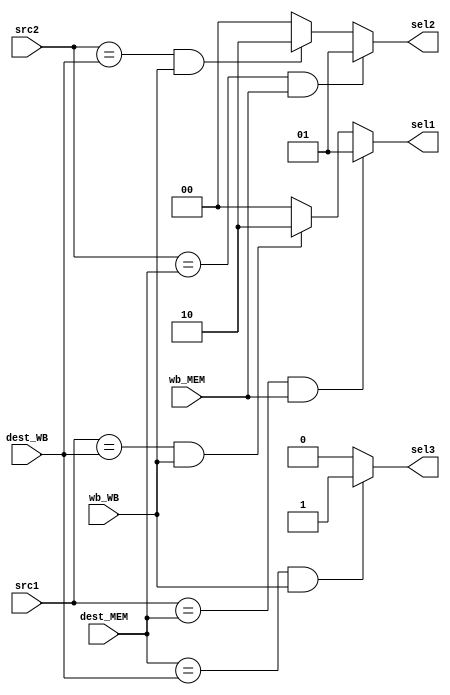
module Forward(
        input[1:0] src1, src2, dest_MEM, dest_WB,
        input wb_MEM, wb_WB,
        output[1:0] sel1, sel2,
        output sel3
);
        // Forward from MEM or WB to EXEC
        // Multiplexer 1:
        assign sel1 = 
                (src1 == dest_MEM & wb_MEM) ? 2'b01 :
                (src1 == dest_WB & wb_WB) ? 2'b10 :
                2'b00;  
        // Multiplexer 2:
        assign sel2 = 
                (src2 == dest_MEM & wb_MEM) ? 2'b01 :
                (src2 == dest_WB & wb_WB) ? 2'b10 :
                2'b00;
          // NEW
        assign sel3 = 
                (dest_MEM == dest_WB & wb_WB) ? 1'b1 :
                1'b0;
endmodule